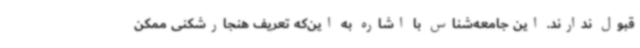
قبول ندارند. این جامعه‌شناس با اشاره به این‌که تعریف هنجارشکنی ممکن